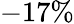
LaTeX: -17\%